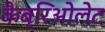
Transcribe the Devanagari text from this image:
कैब्रिओलेट